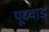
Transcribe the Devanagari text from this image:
पूटवाड